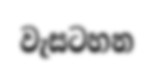
වැසටහන